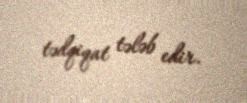
tədqiqat tələb edir.